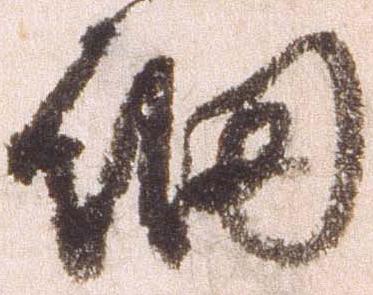
細